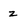
Character: z